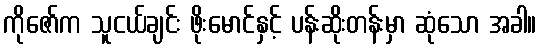
ကိုဇော်က သူငယ်ချင်း ဖိုးမောင်နှင့် ပန်းဆိုးတန်းမှာ ဆုံသော အခါ။